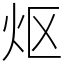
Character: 𬉼